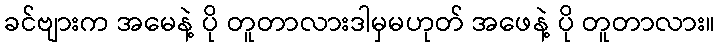
ခင်ဗျားက အမေနဲ့ ပို တူတာလားဒါမှမဟုတ် အဖေနဲ့ ပို တူတာလား။